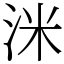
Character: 洣